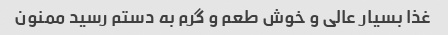
غذا بسیار عالی و خوش طعم و گرم به دستم رسید ممنون